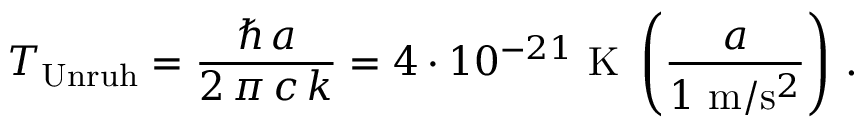
T _ { \mathrm { U n r u h } } = \frac { \hbar \, { a } } { 2 \, \pi \, c \, k } = { 4 \cdot 1 0 ^ { - 2 1 } \ \mathrm { K } } \ \left( \frac { a } { 1 \ \mathrm { m } / \mathrm { s } ^ { 2 } } \right) \, .